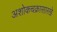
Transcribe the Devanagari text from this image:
अशोकचक्रासारखे